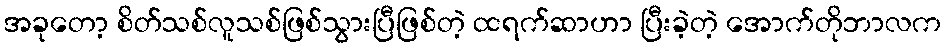
အခုတော့ စိတ်သစ်လူသစ်ဖြစ်သွားပြီဖြစ်တဲ့ ထရက်ဆာဟာ ပြီးခဲ့တဲ့ အောက်တိုဘာလက